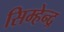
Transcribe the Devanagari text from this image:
सिम्हेन्द्र